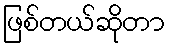
ဖြစ်တယ်ဆိုတာ